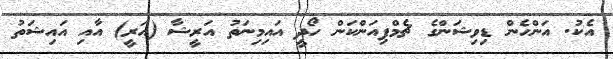
އެކު. އަންހެން ޑިވިޝަންގެ ޗެމްޕިއަންކަން ހޯދީ އައިމިނަތު އަރީޝާ (އަރީ) އާއި އައިޝަތު